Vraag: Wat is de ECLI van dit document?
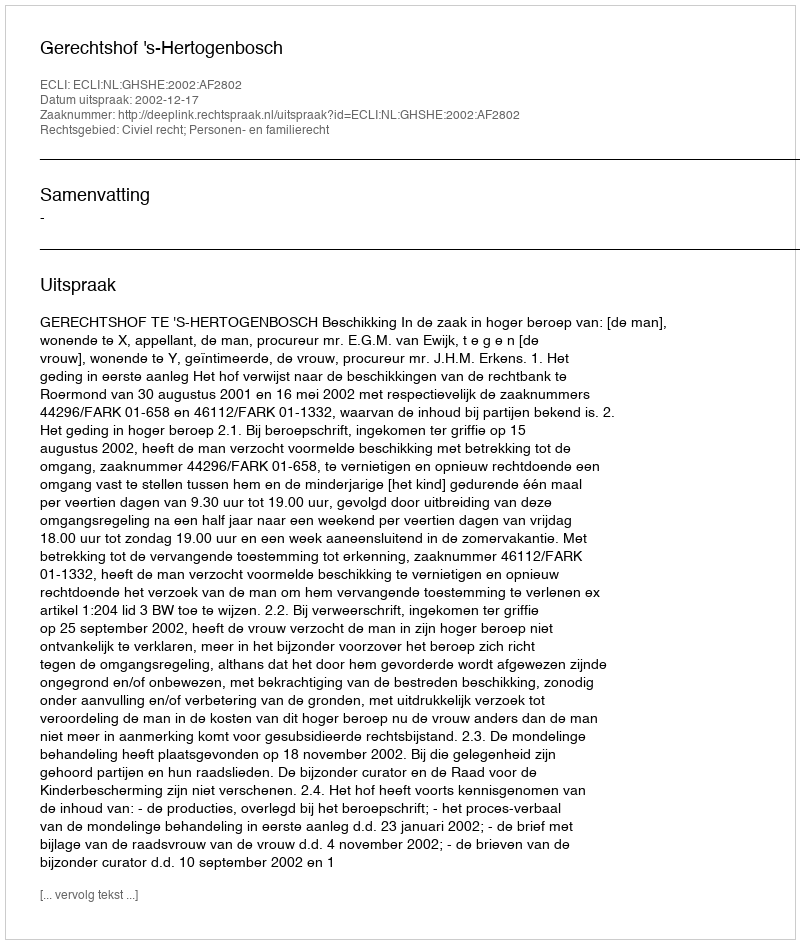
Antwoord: ECLI:NL:GHSHE:2002:AF2802